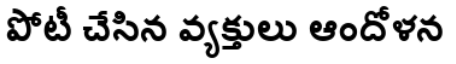
పోటీ చేసిన వ్యక్తులు ఆందోళన